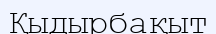
Қыдырбақыт